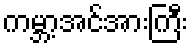
ကမ္ဘာ့အင်အားကြီး